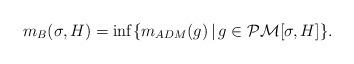
LaTeX: \begin{align*}m_B(\sigma, H) = \inf \{ m_{ADM}(g) \,|\, g \in \mathcal{PM}[\sigma, H] \}.\end{align*}